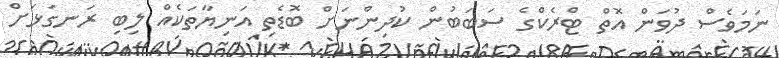
ނަމަވެސް ދުވަން އޮތް ޓްރެކްގެ ސަބަބުން ކުދިންނަށް ބޮޑެތި އަނިޔާތަކެއް ލިބި ރަނގަޅަށް